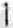
1